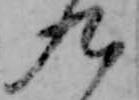
九